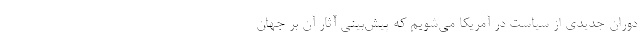
دوران جديدي از سياست در آمريكا مي‌شويم كه پيش‌بيني آثار آن بر جهان